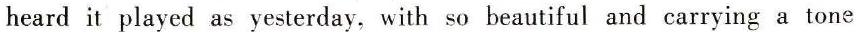
heard it played as yesterday, with so beautiful and carrying a tone